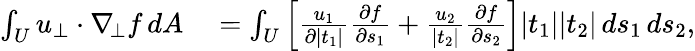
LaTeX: \begin{array}{rl}{\int_{U}u_{\bot}\cdot\nabla_{\! \bot}f\, dA}&{{}=\int_{U}\left[\frac{u_{1}}{\partial|t_{1}|}\frac{\partial f}{\partial s_{1}}+\frac{u_{2}}{|t_{2}|}\frac{\partial f}{\partial s_{2}}\right]|t_{1}||t_{2}|\, ds_{1}\, ds_{2},}\end{array}